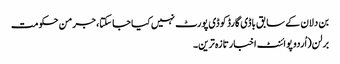
بن دلان کے سابق باڈی گارڈ کو ڈی پورٹ نہیں کیا جا سکتا، جرمن حکومت
برلن(اُردو پوائنٹ اخبارتازہ ترین۔